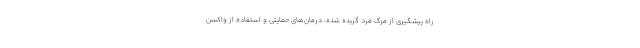
راه پیشگیری از مرگ فرد گزیده شده، درمان‌های حمایتی و استفاده از واکسن